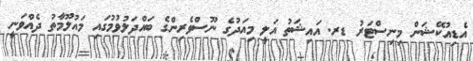
އެޑިއުކޭޝަން މިނިސްޓަރު ޑރ. އައިޝަތު އަލީ މިއަދުގެ ނޫސްވެރިންގެ ބައްދަލުވުމުގައި މައުލޫމާތު ދެއްވަނީ